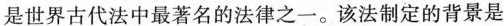
是世界古代法中最著名的法律之一。该法制定的背景是